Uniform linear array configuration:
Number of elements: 4
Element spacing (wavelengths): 0.75
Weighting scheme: kaiser
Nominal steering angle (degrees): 45
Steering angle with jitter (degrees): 45.518
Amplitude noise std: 0.05
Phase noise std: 0.05

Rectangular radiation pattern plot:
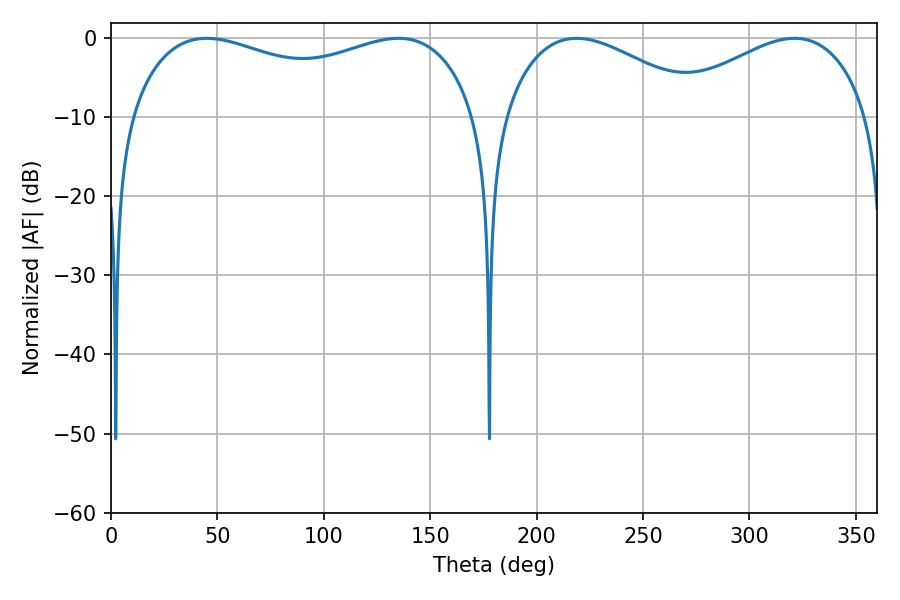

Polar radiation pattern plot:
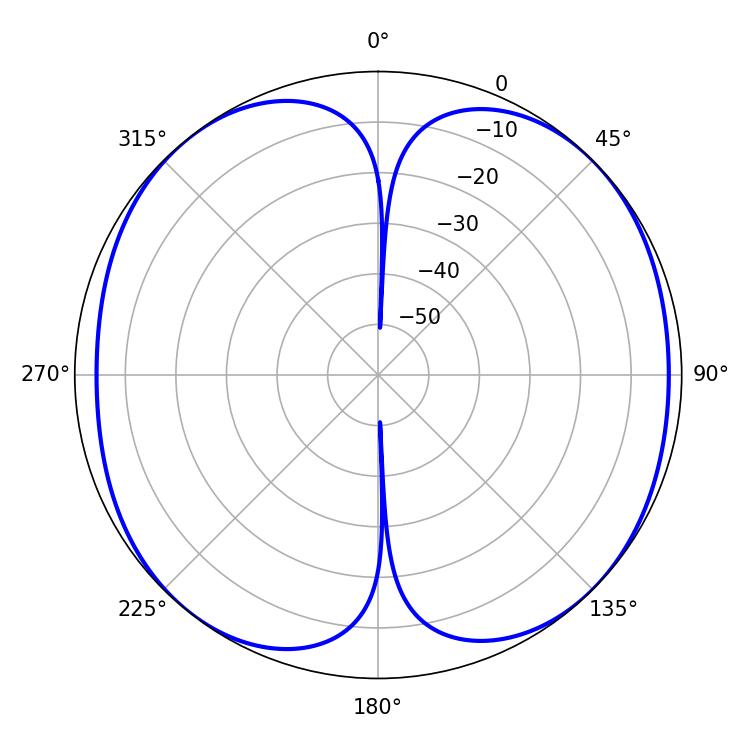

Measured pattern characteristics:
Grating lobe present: TRUE
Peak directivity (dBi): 10.653
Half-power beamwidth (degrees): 133.92
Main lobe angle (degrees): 45